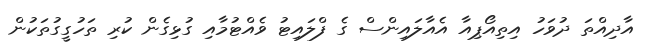
އާދިއްތަ ދުވަހު އިތިއޯޕިއާ އެއާލައިންސް ގެ ފްލައިޓު ވެއްޓުމާއި ގުޅިގެން ކުރި ތަހުގީގުތަކުން